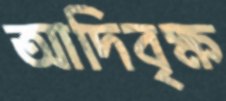
আদিবৃক্ষ